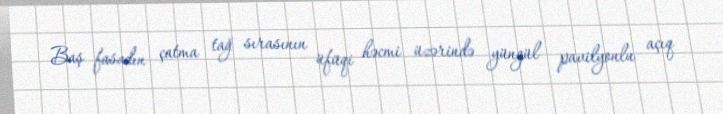
Baş fasadın çatma tağ sırasının üfüqi həcmi üzərində yüngül pavilyonlu açıq